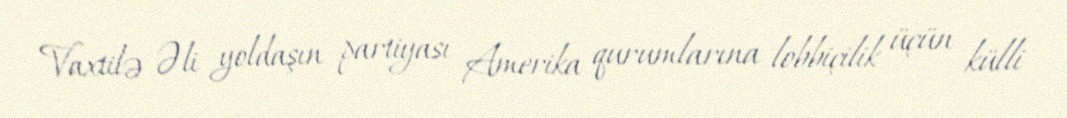
Vaxtilə Əli yoldaşın partiyası Amerika qurumlarına lobbiçilik üçün külli